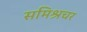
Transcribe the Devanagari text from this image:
समिश्रचर